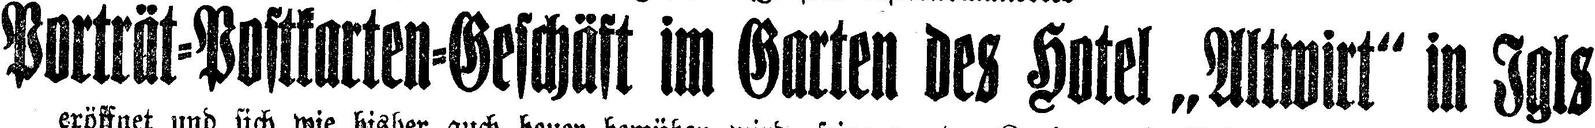
Porträt=Postkarten=Geschäft im Garten des Hotel „Altwirt“ in Jgls